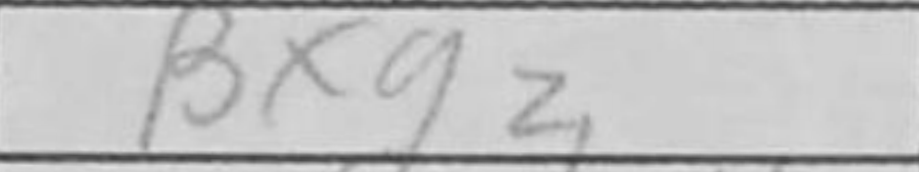
Transcription: Bxg2